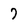
Character: 7